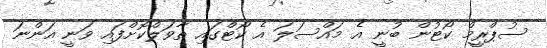
ސުޕްރީމް ކޯޓުން ބުނީ އެ މައްސަލަ އެ ކޯޓްގައި ތާވަލްކޮށްފައި ވަނީ އަންނަ